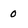
Character: o